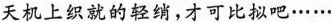
天机上织就的轻绡，才可比拟吧……